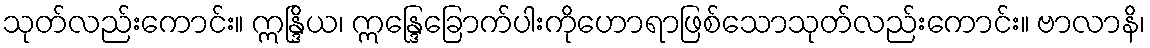
သုတ်လည်းကောင်း။ ဣန္ဒြိယ၊ ဣန္ဒြေခြောက်ပါးကိုဟောရာဖြစ်သောသုတ်လည်းကောင်း။ ဗာလာနိ၊